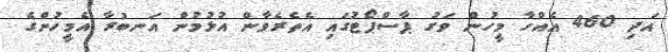
އަދި 460 އެއްހާ މީހުން ވަގު ޕާސްޕޯޓުގައި އެތެރެވާން އުޅުމުން އަނބުރާ އެމީހުންގެ